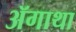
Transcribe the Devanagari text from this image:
ॲगाथा